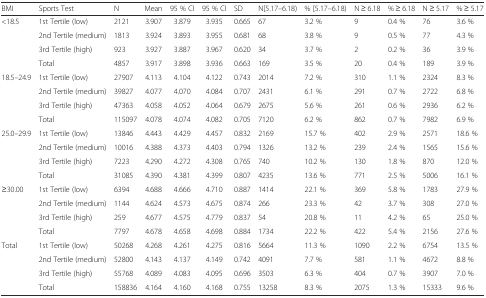
<table><thead><tr><td><b>BMI</b></td><td><b>Sports Test</b></td><td><b>N</b></td><td><b>Mean</b></td><td><b>95 % CI</b></td><td><b>95 % CI</b></td><td><b>SD</b></td><td><b>N[5.17–6.18)</b></td><td><b>% [5.17–6.18)</b></td><td><b>N ≥ 6.18</b></td><td><b>% ≥ 6.18</b></td><td><b>N ≥ 5.17</b></td><td><b>% ≥ 5.17</b></td></tr></thead><tbody><tr><td>&lt;18.5</td><td>1st Tertile (low)</td><td>2121</td><td>3.907</td><td>3.879</td><td>3.935</td><td>0.665</td><td>67</td><td>3.2 %</td><td>9</td><td>0.4 %</td><td>76</td><td>3.6 %</td></tr><tr><td></td><td>2nd Tertile (medium)</td><td>1813</td><td>3.924</td><td>3.893</td><td>3.955</td><td>0.681</td><td>68</td><td>3.8 %</td><td>9</td><td>0.5 %</td><td>77</td><td>4.3 %</td></tr><tr><td></td><td>3rd Tertile (high)</td><td>923</td><td>3.927</td><td>3.887</td><td>3.967</td><td>0.620</td><td>34</td><td>3.7 %</td><td>2</td><td>0.2 %</td><td>36</td><td>3.9 %</td></tr><tr><td></td><td>Total</td><td>4857</td><td>3.917</td><td>3.898</td><td>3.936</td><td>0.663</td><td>169</td><td>3.5 %</td><td>20</td><td>0.4 %</td><td>189</td><td>3.9 %</td></tr><tr><td>18.5–24.9</td><td>1st Tertile (low)</td><td>27907</td><td>4.113</td><td>4.104</td><td>4.122</td><td>0.743</td><td>2014</td><td>7.2 %</td><td>310</td><td>1.1 %</td><td>2324</td><td>8.3 %</td></tr><tr><td></td><td>2nd Tertile (medium)</td><td>39827</td><td>4.077</td><td>4.070</td><td>4.084</td><td>0.707</td><td>2431</td><td>6.1 %</td><td>291</td><td>0.7 %</td><td>2722</td><td>6.8 %</td></tr><tr><td></td><td>3rd Tertile (high)</td><td>47363</td><td>4.058</td><td>4.052</td><td>4.064</td><td>0.679</td><td>2675</td><td>5.6 %</td><td>261</td><td>0.6 %</td><td>2936</td><td>6.2 %</td></tr><tr><td></td><td>Total</td><td>115097</td><td>4.078</td><td>4.074</td><td>4.082</td><td>0.705</td><td>7120</td><td>6.2 %</td><td>862</td><td>0.7 %</td><td>7982</td><td>6.9 %</td></tr><tr><td>25.0–29.9</td><td>1st Tertile (low)</td><td>13846</td><td>4.443</td><td>4.429</td><td>4.457</td><td>0.832</td><td>2169</td><td>15.7 %</td><td>402</td><td>2.9 %</td><td>2571</td><td>18.6 %</td></tr><tr><td></td><td>2nd Tertile (medium)</td><td>10016</td><td>4.388</td><td>4.373</td><td>4.403</td><td>0.794</td><td>1326</td><td>13.2 %</td><td>239</td><td>2.4 %</td><td>1565</td><td>15.6 %</td></tr><tr><td></td><td>3rd Tertile (high)</td><td>7223</td><td>4.290</td><td>4.272</td><td>4.308</td><td>0.765</td><td>740</td><td>10.2 %</td><td>130</td><td>1.8 %</td><td>870</td><td>12.0 %</td></tr><tr><td></td><td>Total</td><td>31085</td><td>4.390</td><td>4.381</td><td>4.399</td><td>0.807</td><td>4235</td><td>13.6 %</td><td>771</td><td>2.5 %</td><td>5006</td><td>16.1 %</td></tr><tr><td>≥30.00</td><td>1st Tertile (low)</td><td>6394</td><td>4.688</td><td>4.666</td><td>4.710</td><td>0.887</td><td>1414</td><td>22.1 %</td><td>369</td><td>5.8 %</td><td>1783</td><td>27.9 %</td></tr><tr><td></td><td>2nd Tertile (medium)</td><td>1144</td><td>4.624</td><td>4.573</td><td>4.675</td><td>0.874</td><td>266</td><td>23.3 %</td><td>42</td><td>3.7 %</td><td>308</td><td>27.0 %</td></tr><tr><td></td><td>3rd Tertile (high)</td><td>259</td><td>4.677</td><td>4.575</td><td>4.779</td><td>0.837</td><td>54</td><td>20.8 %</td><td>11</td><td>4.2 %</td><td>65</td><td>25.0 %</td></tr><tr><td></td><td>Total</td><td>7797</td><td>4.678</td><td>4.658</td><td>4.698</td><td>0.884</td><td>1734</td><td>22.2 %</td><td>422</td><td>5.4 %</td><td>2156</td><td>27.6 %</td></tr><tr><td>Total</td><td>1st Tertile (low)</td><td>50268</td><td>4.268</td><td>4.261</td><td>4.275</td><td>0.816</td><td>5664</td><td>11.3 %</td><td>1090</td><td>2.2 %</td><td>6754</td><td>13.5 %</td></tr><tr><td></td><td>2nd Tertile (medium)</td><td>52800</td><td>4.143</td><td>4.137</td><td>4.149</td><td>0.742</td><td>4091</td><td>7.7 %</td><td>581</td><td>1.1 %</td><td>4672</td><td>8.8 %</td></tr><tr><td></td><td>3rd Tertile (high)</td><td>55768</td><td>4.089</td><td>4.083</td><td>4.095</td><td>0.696</td><td>3503</td><td>6.3 %</td><td>404</td><td>0.7 %</td><td>3907</td><td>7.0 %</td></tr><tr><td></td><td>Total</td><td>158836</td><td>4.164</td><td>4.160</td><td>4.168</td><td>0.755</td><td>13258</td><td>8.3 %</td><td>2075</td><td>1.3 %</td><td>15333</td><td>9.6 %</td></tr></tbody></table>